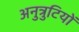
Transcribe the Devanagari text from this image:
अनुत्रुटियों